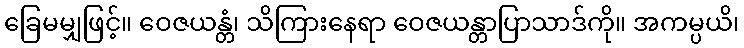
ခြေမမျှဖြင့်။ ဝေဇယန္တံ၊ သိကြားနေရာ ဝေဇယန္တာပြာသာဒ်ကို။ အကမ္ပယိ၊